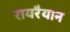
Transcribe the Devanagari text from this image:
रायरैयान